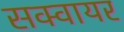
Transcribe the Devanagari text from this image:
सक्वायर